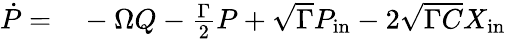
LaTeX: \begin{array}{rl}{\dot{P}=}&{{}-\Omega Q-\frac{\Gamma}{2}P+\sqrt{\Gamma}P_{\mathrm{in}}-2\sqrt{\Gamma C}X_{\mathrm{in}}}\end{array}